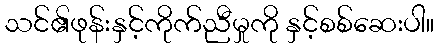
သင်၏ဖုန်းနှင့်ကိုက်ညီမှုကို နှင့်စစ်ဆေးပါ။